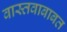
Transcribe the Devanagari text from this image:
वास्तवाबाबत